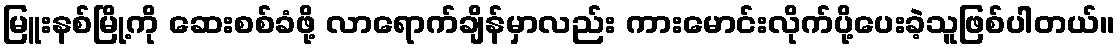
မြူးနစ်မြို့ကို ဆေးစစ်ခံဖို့ လာရောက်ချိန်မှာလည်း ကားမောင်းလိုက်ပို့ပေးခဲ့သူဖြစ်ပါတယ်။